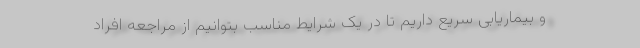
و بیماریابی سریع داریم تا در یک شرایط مناسب بتوانیم از مراجعه افراد